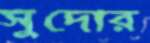
সুদোর